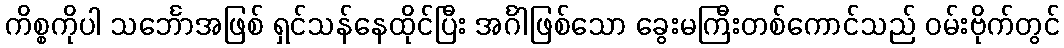
ကိစ္စကိုပါ သင်္ဘောအဖြစ် ရှင်သန်နေထိုင်ပြီး အင်္ဂါဖြစ်သော ခွေးမကြီးတစ်ကောင်သည် ဝမ်းဗိုက်တွင်